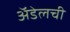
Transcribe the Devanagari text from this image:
अॅडेलची